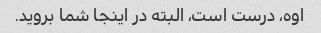
اوه، درست است، البته در اینجا شما بروید.